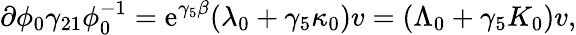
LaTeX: \partial\phi_{0}\gamma_{21}\phi_{0}^{-1}=\mathrm{e}^{\gamma_{5}\beta}(\lambda_{0}+\gamma_{5}\kappa_{0})v=(\Lambda_{0}+\gamma_{5}K_{0})v,